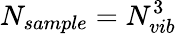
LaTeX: N_{sample}=N_{vib}^{3}